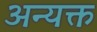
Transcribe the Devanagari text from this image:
अन्यक्त